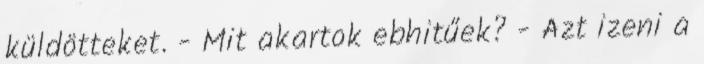
küldötteket. - Mit akartok ebhitűek? - Azt izeni a